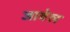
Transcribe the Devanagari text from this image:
जावेल